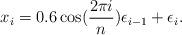
LaTeX: \begin{align*} x_i=0.6 \cos(\frac{2\pi i}{n})\epsilon_{i-1}+\epsilon_i.\end{align*}